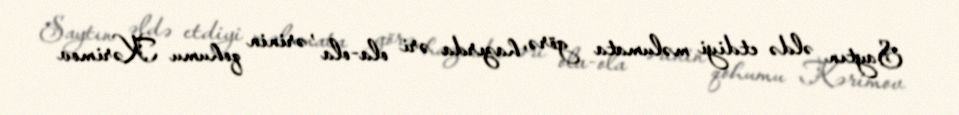
Saytın əldə etdiyi məlumata görə, hazırda əri ola-ola , ərinin qohumu Kərimov